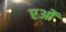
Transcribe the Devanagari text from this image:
एओं